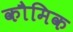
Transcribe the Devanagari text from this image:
कौमिक